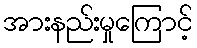
အားနည်းမှုကြောင့်